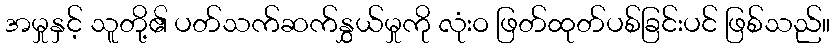
အမှုနှင့် သူတို့၏ ပတ်သက်ဆက်နွှယ်မှုကို လုံးဝ ဖြတ်ထုတ်ပစ်ခြင်းပင် ဖြစ်သည်။